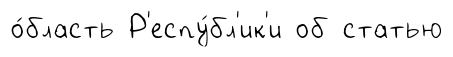
о́бласть Р'еспу́бл'ик'и об статью